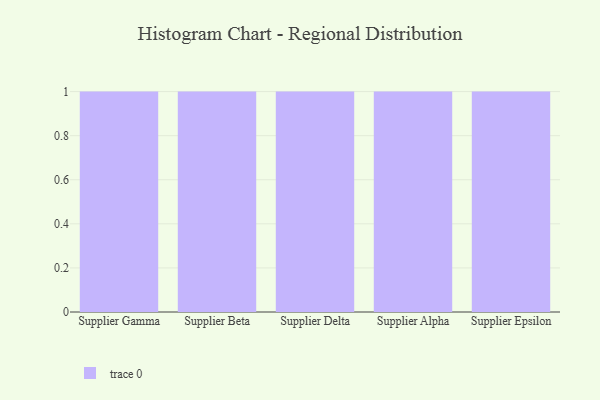
{"axis": {"x": "Supplier", "y": "Customer Acquisition Cost (USD)"}, "legend": [""], "data": [{"x": "Supplier Gamma", "y": 97, "type": ""}, {"x": "Supplier Beta", "y": 95, "type": ""}, {"x": "Supplier Delta", "y": 31, "type": ""}, {"x": "Supplier Alpha", "y": 87, "type": ""}, {"x": "Supplier Epsilon", "y": 21, "type": ""}]}